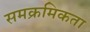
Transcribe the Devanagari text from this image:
समक्रमिकता